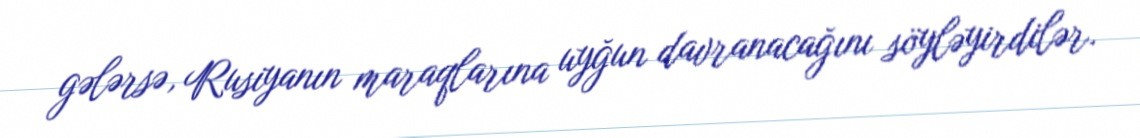
gələrsə, Rusiyanın maraqlarına uyğun davranacağını söyləyirdilər.